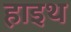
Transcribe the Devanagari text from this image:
हाइथ